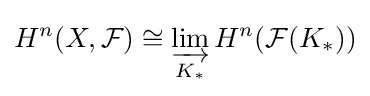
H^{n}(X,{\mathcal {F}})\cong \varinjlim _{K_{*}}H^{n}({\mathcal {F}}(K_{*}))